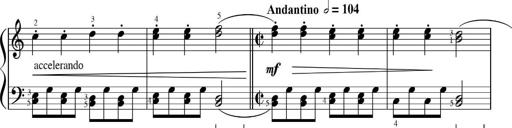
Title: Sonatinas
Composer: Andrew Violette